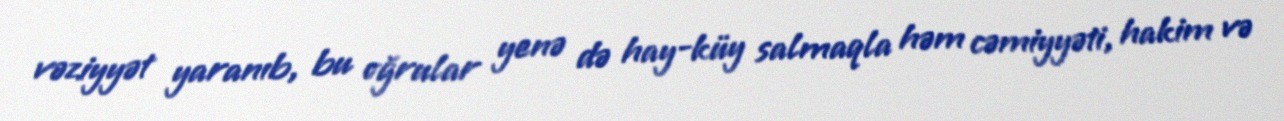
vəziyyət yaranıb, bu oğrular yenə də hay-küy salmaqla həm cəmiyyəti, hakim və